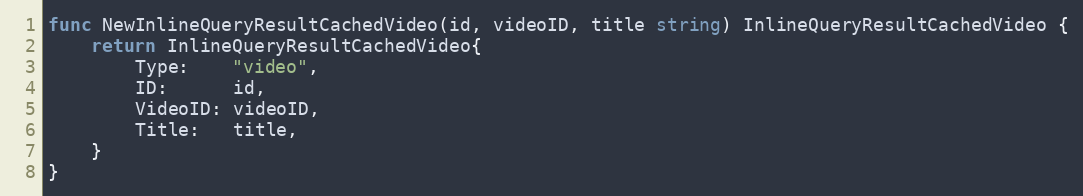
Language: Go
func NewInlineQueryResultCachedVideo(id, videoID, title string) InlineQueryResultCachedVideo {
	return InlineQueryResultCachedVideo{
		Type:    "video",
		ID:      id,
		VideoID: videoID,
		Title:   title,
	}
}